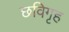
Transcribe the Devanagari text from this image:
छविगृह